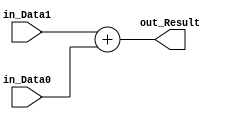
/******************************************************************
* Description
*	This is a  an adder that can be parameterized in its bit-width.
*	1.0
* Authors:
*	Mariana Chvez Medina
*	Daro Arias Muoz
* Date:
*	07/04/2020
******************************************************************/

module Adder32bits
#
(
	parameter NBits=32
)
(
	input [NBits-1:0] in_Data0,
	input [NBits-1:0] in_Data1,
	
	output [NBits-1:0] out_Result
);

assign out_Result = in_Data1 + in_Data0;


endmodule
//adder32//